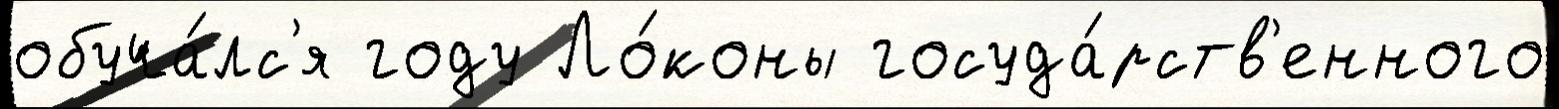
обуча́лс'я году Ло́коны госуда́рств'енного